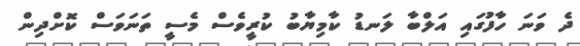
ދެ ވަނަ ހާފުގައި އަލްބާ ލަނޑު ކާމިޔާބު ކުރީވެސް މެސީ ތަނަވަސް ކޮށްދިން